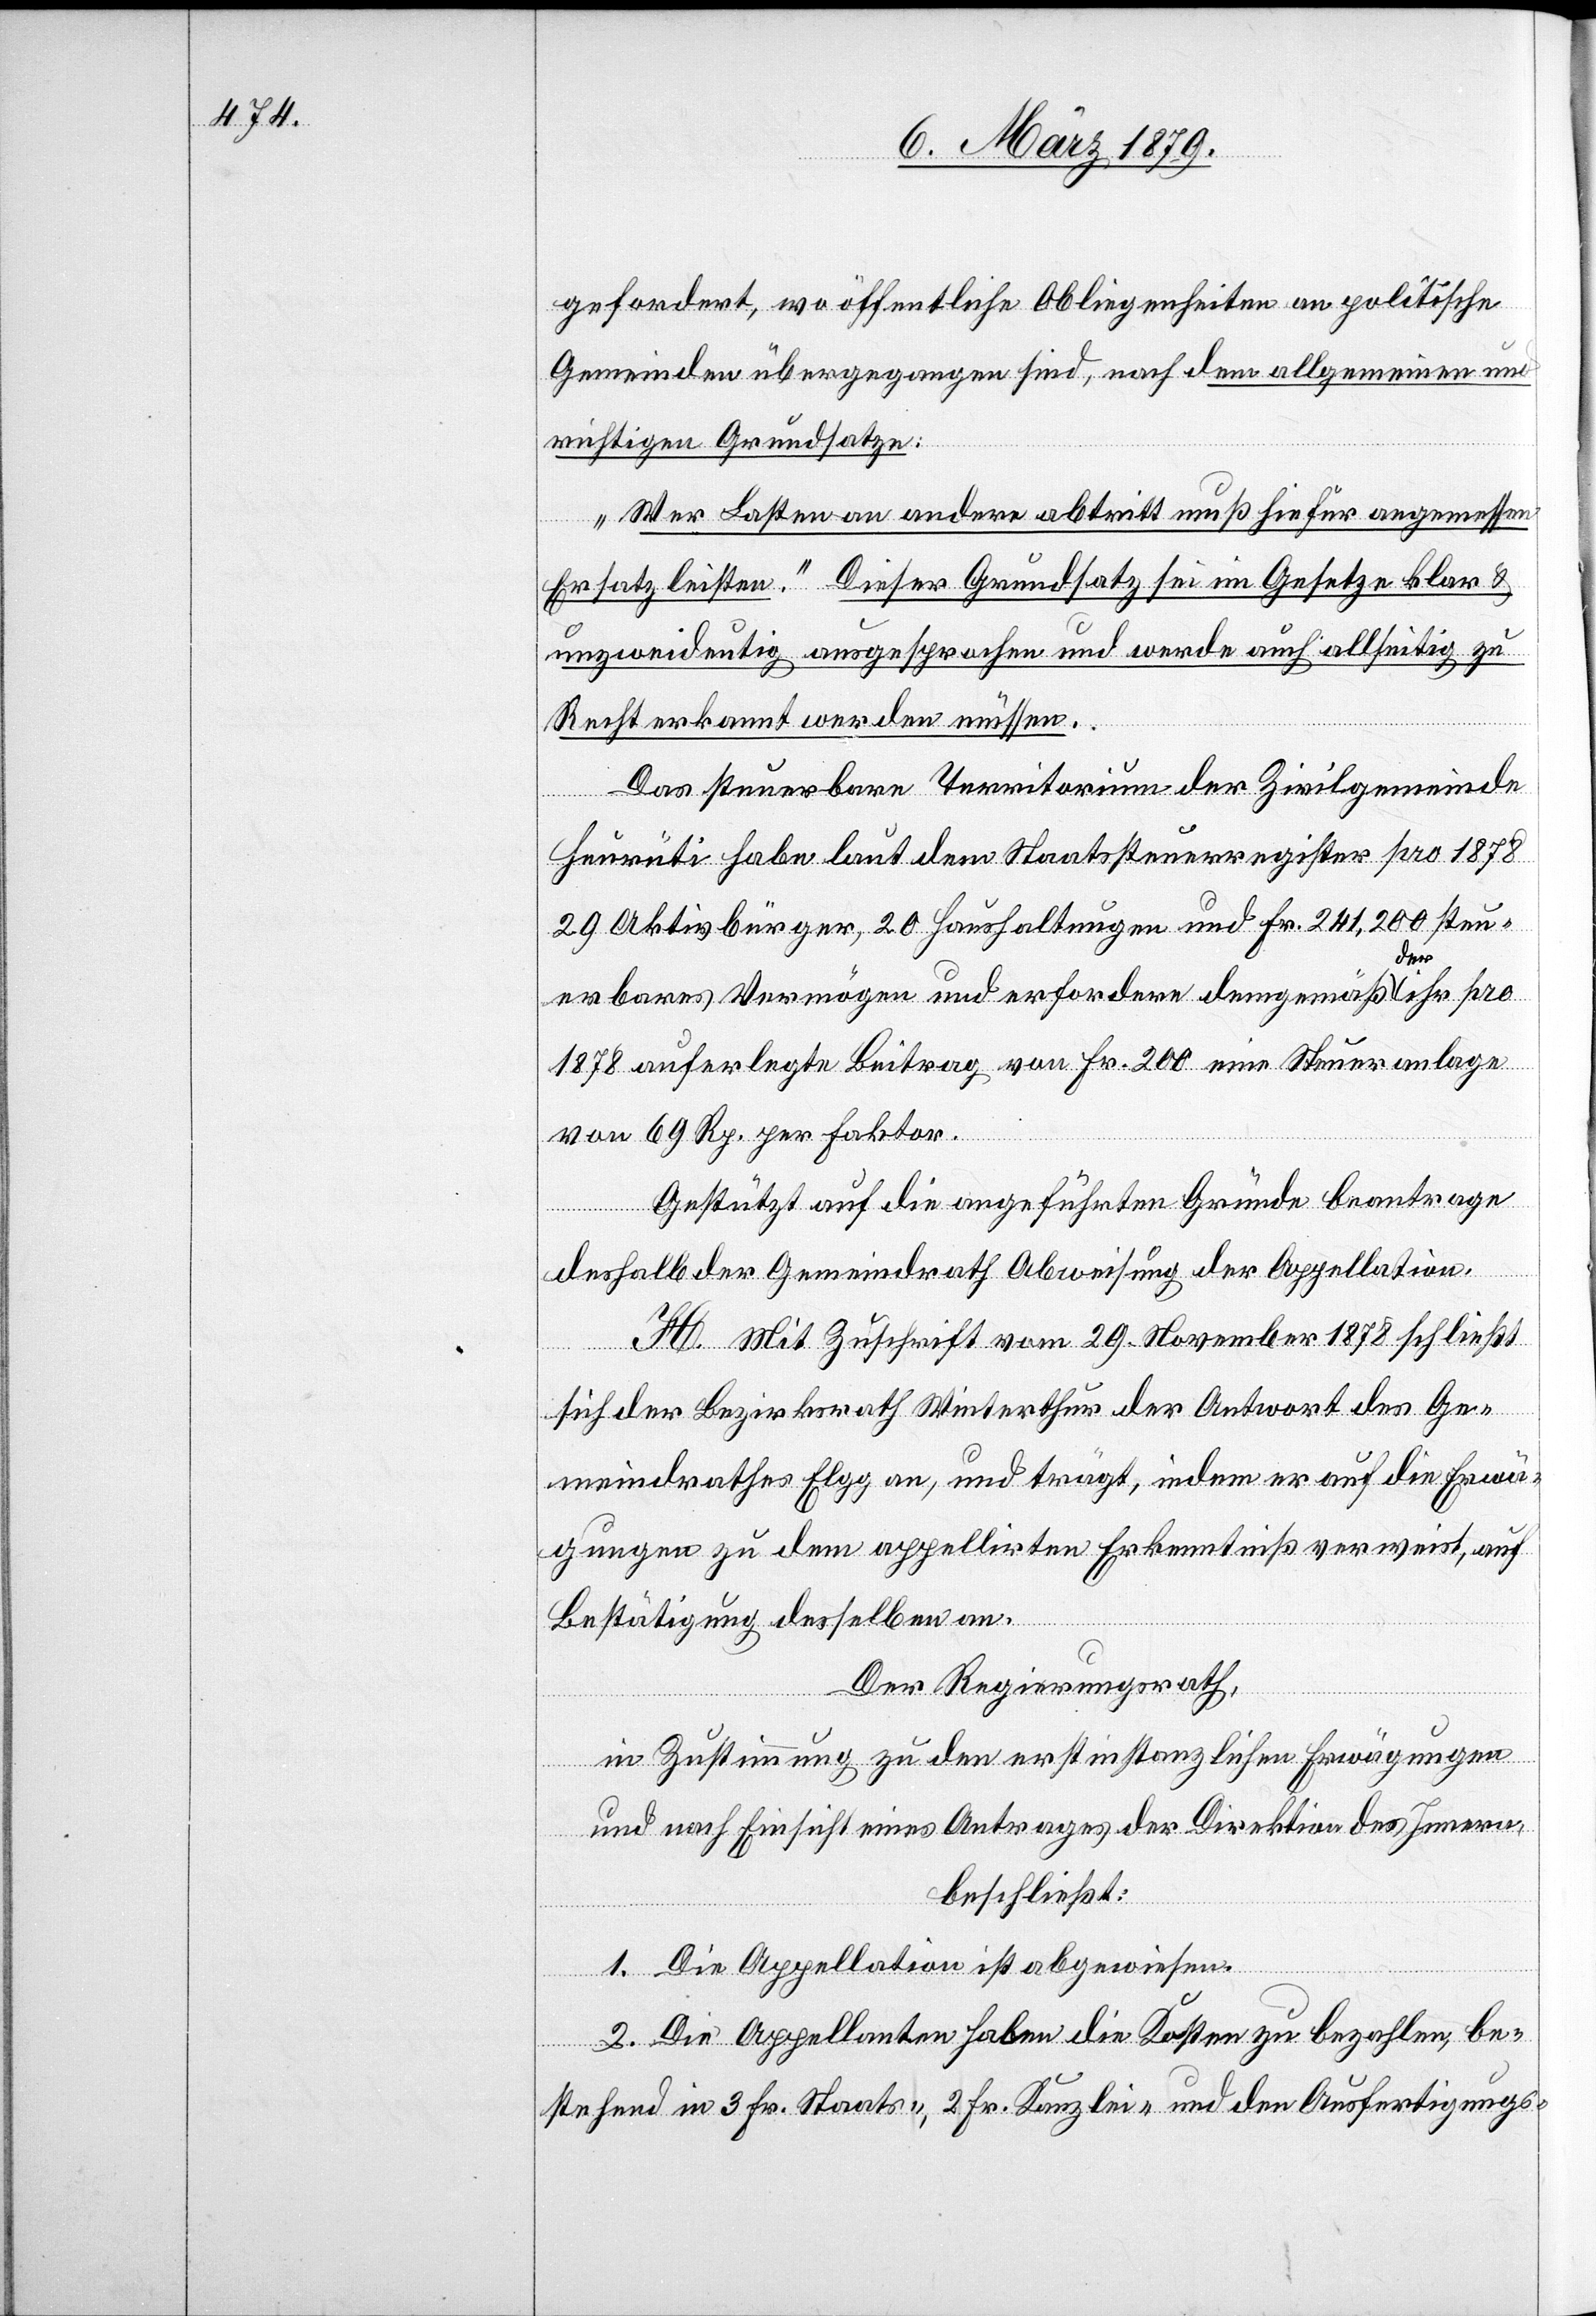
gefordert, wo öffentliche Obliegenheiten an politische
Gemeinden übergegangen sind, nach dem allgemeinen und
richtigen Grundsatze:
„Wer Lasten an andere abtritt muß hiefür angemessen
Ersatz leisten.“ Dieser Grundsatz sei im Gesetze klar &
unzweideutig ausgesprochen und werde auch allseitig zu
Recht erkannt werden müssen.
Das steuerbare Territorium der Zivilgemeinde
Heurüti habe laut dem Staatssteuerregister pro 1878
29 Aktivbürger, 20 Haushaltungen und Fr. 241,200 steu¬
erbares Vermögen und erfordere demgemäß der ihr pro
1878 auferlegte Beitrag von Fr. 200 eine Steueranlage
von 69 Rp. per Faktor.
Gestützt auf die angeführten Gründe beantrage
deshalb der Gemeindrath Abweisung der Appellation.
H. Mit Zuschrift vom 29. November 1878 schließt
sich der Bezirksrath Winterthur der Antwort des Ge¬
meindrathes Elgg an, und trägt, indem er auf die Erwä¬
gungen zu dem appellirten Erkenntniß verweist, auf
Bestätigung desselben an.
Der Regierungsrath,
in Zustimmung zu den erstinstanzlichen Erwägungen
und nach Einsicht eines Antrages der Direktion des Innern,
beschließt:
1. Die Appellation ist abgewiesen.
2. Die Appellanten haben die Kosten zu bezahlen, be¬
stehend in 3°Fr. Staats-, 2 Fr. Kanzlei- und den Ausfertigungs-